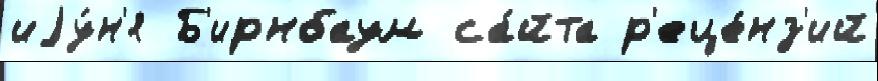
иjу́н'я Б'ирнбаум са́йта р'еце́нз'ий